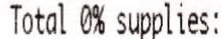
TOTAL 0% SUPPLIES: